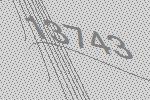
13743